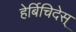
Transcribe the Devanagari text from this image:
हेर्बिचिदेस्